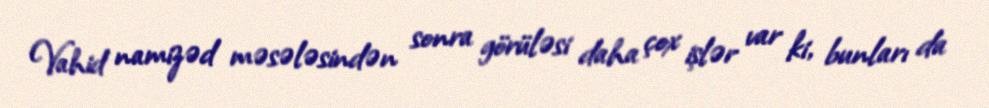
Vahid namizəd məsələsindən sonra görüləsi daha çox işlər var ki, bunları da